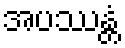
အပဿန္တံ